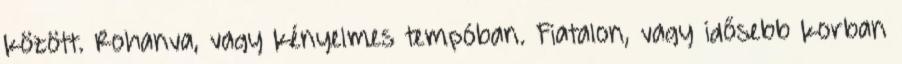
között. Rohanva, vagy kényelmes tempóban. Fiatalon, vagy idősebb korban